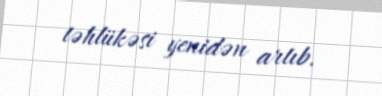
təhlükəsi yenidən artıb.